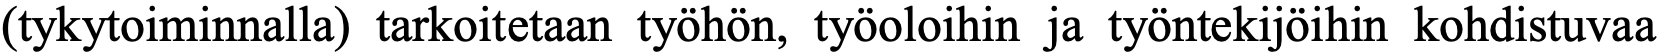
(tykytoiminnalla) tarkoitetaan työhön, työoloihin ja työntekijöihin kohdistuvaa